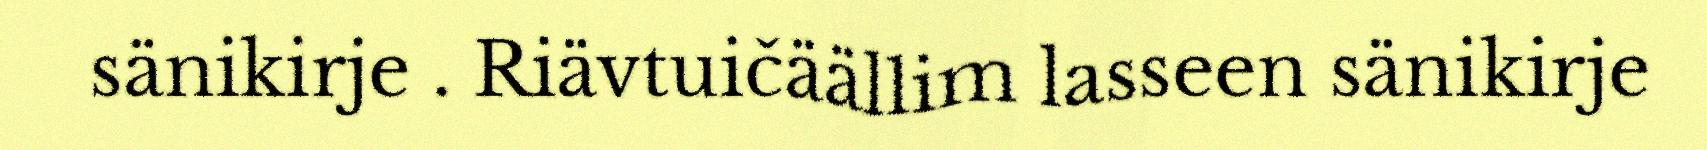
sänikirje . Riävtuičäällim lasseen sänikirje